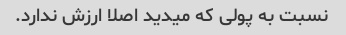
نسبت به پولی که میدید اصلا ارزش ندارد.